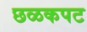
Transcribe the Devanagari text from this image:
छळकपट